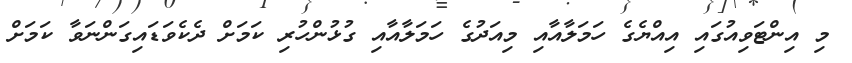
މި އިންޓަވިއުގައި އިއްޔެގެ ހަމަލާއާއި މިއަދުގެ ހަމަލާއާއި ގުޅުންހުރި ކަމަށް ދެކެވަޑައިގަންނަވާ ކަމަށް